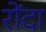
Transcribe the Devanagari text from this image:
रोंदा